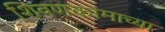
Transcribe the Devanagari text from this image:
शिवणकामाच्या